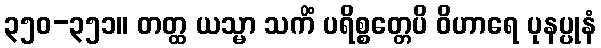
၃၅၀-၃၅၁။ တတ္ထ ယသ္မာ သကိံ ပရိစ္စတ္တေပိ ဝိဟာရေ ပုနပ္ပုနံ